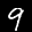
Label: 9